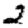
Digit: 2